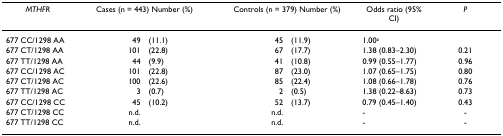
<table><thead><tr><td><b><i>MTHFR</i></b></td><td colspan="2"><b>Cases (n = 443) Number (%)</b></td><td colspan="2"><b>Controls (n = 379) Number (%)</b></td><td><b>Odds ratio (95% CI)</b></td><td><b><i>P</i></b></td></tr></thead><tbody><tr><td>677 CC/1298 AA</td><td>49</td><td>(11.1)</td><td>45</td><td>(11.9)</td><td>1.00<sup>a</sup></td><td></td></tr><tr><td>677 CT/1298 AA</td><td>101</td><td>(22.8)</td><td>67</td><td>(17.7)</td><td>1.38 (0.83–2.30)</td><td>0.21</td></tr><tr><td>677 TT/1298 AA</td><td>44</td><td>(9.9)</td><td>41</td><td>(10.8)</td><td>0.99 (0.55–1.77)</td><td>0.96</td></tr><tr><td>677 CC/1298 AC</td><td>101</td><td>(22.8)</td><td>87</td><td>(23.0)</td><td>1.07 (0.65–1.75)</td><td>0.80</td></tr><tr><td>677 CT/1298 AC</td><td>100</td><td>(22.6)</td><td>85</td><td>(22.4)</td><td>1.08 (0.66–1.78)</td><td>0.76</td></tr><tr><td>677 TT/1298 AC</td><td>3</td><td>(0.7)</td><td>2</td><td>(0.5)</td><td>1.38 (0.22–8.63)</td><td>0.73</td></tr><tr><td>677 CC/1298 CC</td><td>45</td><td>(10.2)</td><td>52</td><td>(13.7)</td><td>0.79 (0.45–1.40)</td><td>0.43</td></tr><tr><td>677 CT/1298 CC</td><td>n.d.</td><td></td><td>n.d.</td><td></td><td>-</td><td>-</td></tr><tr><td>677 TT/1298 CC</td><td>n.d.</td><td></td><td>n.d.</td><td></td><td>-</td><td>-</td></tr></tbody></table>